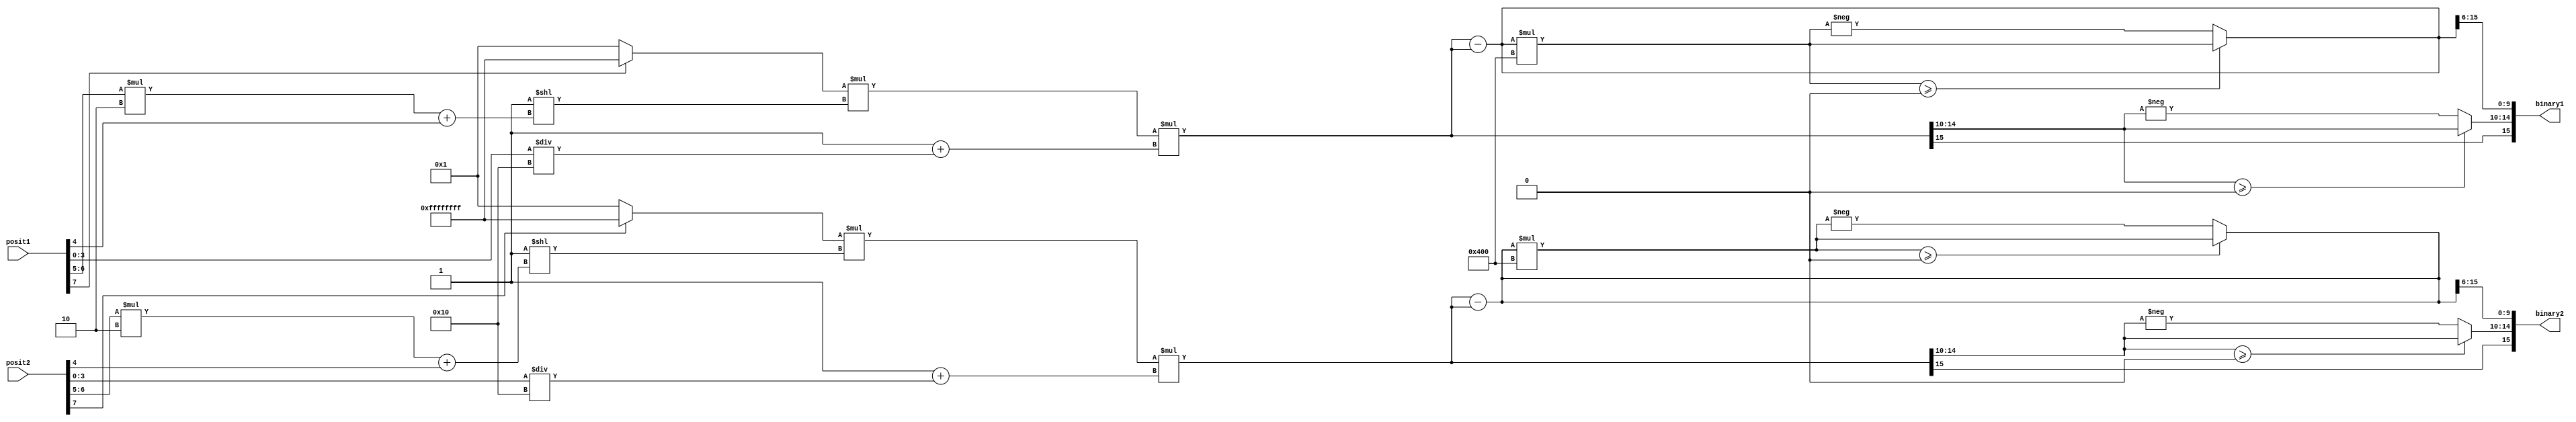
`timescale 1ns / 1ps
//////////////////////////////////////////////////////////////////////////////////
// Company: 
// Engineer: 
// 
// Design Name: 
// Module Name: posit_binary
// Project Name: 
// Target Devices: 
// Tool Versions: 
// Description: 
// 
// Dependencies: 
// 
// Revision:
// Revision 0.01 - File Created
// Additional Comments:
// 
//////////////////////////////////////////////////////////////////////////////////

// posit number has 1 Sign bit, 2 regime bit, 1 exponent bit, 4 fraction bit

module posit_binary(
  input [7:0] posit1,
  input [7:0] posit2,
  output reg signed [15:0] binary1,
  output reg signed [15:0] binary2
);

  reg sign1, sign2;
  reg [1:0] regime1, regime2;
  reg exponent1, exponent2;
  reg [3:0] fraction1, fraction2;


always @* begin
  // Extracting individual components of posit1
   sign1 = posit1[7];
   regime1 = posit1[6:5];
   exponent1 = posit1[4];
   fraction1 = posit1[3:0];

  // Extracting individual components of posit2
   sign2 = posit2[7];
   regime2 = posit2[6:5];
   exponent2 = posit2[4];
   fraction2 = posit2[3:0];

end

  reg signed [16:0] decimal_value1;
  reg signed [16:0] decimal_value2;
  
  // Convert to decimal
 always @* begin
    // Convert posit1 to decimal
    decimal_value1 = (sign1 ? -1 : 1) * (2 ** (regime1 * 2 + exponent1)) * (1 + fraction1/16);

    // Convert posit2 to decimal
    decimal_value2 = (sign2 ? -1 : 1) * (2 ** (regime2 * 2 + exponent2)) * (1 + fraction2/16);
 
end

    reg signed [15:0] integer_part1, integer_part2;
    reg signed [15:0] fractional_part1, fractional_part2;

    // Separate the integer and fractional parts
    always @* begin
        integer_part1 = $signed(decimal_value1); // Extract integer part
        fractional_part1 = decimal_value1 - integer_part1; // Extract fractional part
        integer_part2 = $signed(decimal_value2); // Extract integer part
        fractional_part2 = decimal_value2 - integer_part2; // Extract fractional part
    end

    // Convert integer part to 5-bit binary representation
    always @* begin
        binary1[15] = integer_part1[15]; // Set the sign bit
        binary2[15] = integer_part2[15]; 
        
        // Convert the absolute value of the integer part to binary
        binary2[14:10] = (integer_part2[14:10] >= 0) ? integer_part2[14:10] : -integer_part2[14:10];
        binary1[14:10] = (integer_part1[14:10] >= 0) ? integer_part1[14:10] : -integer_part1[14:10];
    end

    // Convert fractional part to 10-bit binary representation
    always @* begin
        fractional_part1 = fractional_part1 * (1 << 10); // Scale fractional part to fit 10 bits
        fractional_part2 = fractional_part2 * (1 << 10);
        
        // Take absolute value of the scaled fractional part
        fractional_part1 = (fractional_part1 >= 0) ? fractional_part1 : -fractional_part1;
        fractional_part2 = (fractional_part2 >= 0) ? fractional_part2 : -fractional_part2;

        // Store 10-bit fractional part
        binary1[9:0] = fractional_part1[15:6];
        binary2[9:0] = fractional_part2[15:6];
    end

endmodule